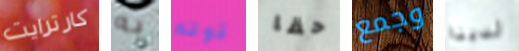
كارترايت به قوته حقا وجمع لدينا